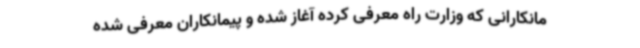
مانکارانی که وزارت راه معرفی کرده آغاز شده و پیمانکاران معرفی شده